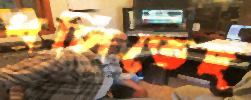
ধসিতেছ